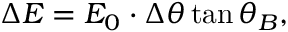
\Delta E = E _ { 0 } \cdot \Delta \theta \tan \theta _ { B } ,